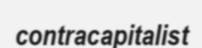
contracapitalist